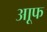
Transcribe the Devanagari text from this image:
आूफ